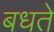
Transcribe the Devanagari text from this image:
बधते